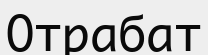
Отрабат